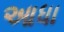
આધા